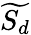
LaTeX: \widetilde{S_{d}}